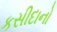
કસીદાનો